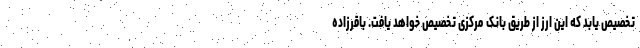
تخصیص یابد که این ارز از طریق بانک مرکزی تخصیص خواهد یافت. باقرزاده